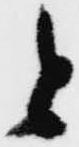
と